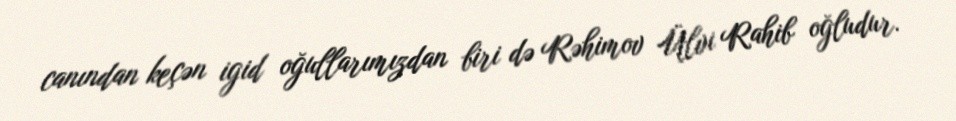
canından keçən igid oğullarımızdan biri də Rəhimov Ülvi Rahib oğludur.